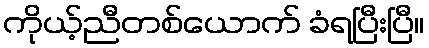
ကိုယ့်ညီတစ်ယောက် ခံရပြီးပြီ။